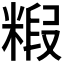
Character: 𮇭